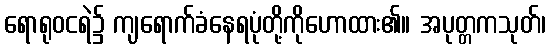
ရောရုဝငရဲ၌ ကျရောက်ခံနေရပုံတို့ကိုဟောထား၏။ အပုတ္တကသုတ်၊